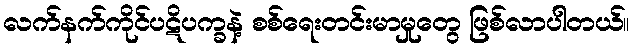
လက်နက်ကိုင်ပဋိပက္ခနဲ့ စစ်ရေးတင်းမာမှုတွေ ဖြစ်လာပါတယ်။